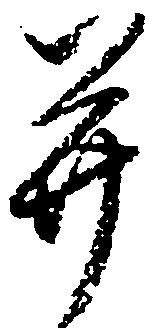
并